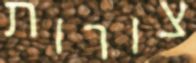
צורות